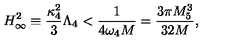
H _ { \infty } ^ { 2 } \equiv \frac { \kappa _ { 4 } ^ { 2 } } { 3 } \Lambda _ { 4 } < \frac { 1 } { 4 \omega _ { 4 } M } = \frac { 3 \pi M _ { 5 } ^ { 3 } } { 3 2 M } ,